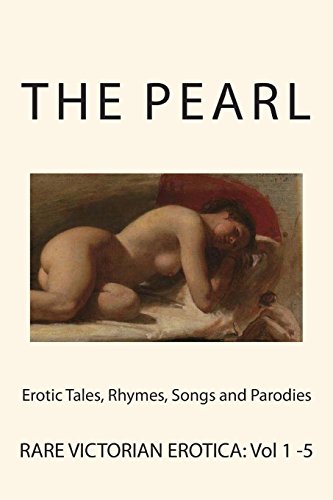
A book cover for The Pearl - Rare Victorian Erotica: Erotic Tales, Rhymes, Songs and Parodies; Various; Romance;